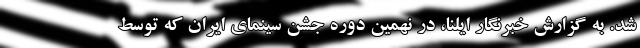
شد. به گزارش خبرنگار ایلنا، در نهمین دوره جشن سینمای ایران که توسط